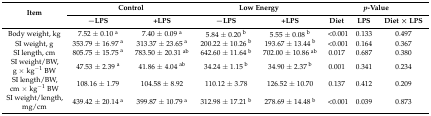
<table><thead><tr><td rowspan="2"><b>Item</b></td><td colspan="2"><b>Control</b></td><td colspan="2"><b>Low Energy</b></td><td colspan="3"><b><i>p</i>-Value</b></td></tr><tr><td><b>−LPS</b></td><td><b>+LPS</b></td><td><b>−LPS</b></td><td><b>+LPS</b></td><td><b>Diet</b></td><td><b>LPS</b></td><td><b>Diet × LPS</b></td></tr></thead><tbody><tr><td>Body weight, kg</td><td>7.52 ± 0.10 <sup>a</sup></td><td>7.40 ± 0.09 <sup>a</sup></td><td>5.84 ± 0.20 <sup>b</sup></td><td>5.55 ± 0.08 <sup>b</sup></td><td>&lt;0.001</td><td>0.133</td><td>0.497</td></tr><tr><td>SI weight, g</td><td>353.79 ± 16.97 <sup>a</sup></td><td>313.37 ± 23.65 <sup>a</sup></td><td>200.22 ± 10.26 <sup>b</sup></td><td>193.67 ± 13.44 <sup>b</sup></td><td>&lt;0.001</td><td>0.164</td><td>0.367</td></tr><tr><td>SI length, cm</td><td>805.75 ± 15.75 <sup>a</sup></td><td>783.50 ± 20.31 <sup>ab</sup></td><td>642.60 ± 11.64 <sup>b</sup></td><td>702.00 ± 10.86 <sup>ab</sup></td><td>0.017</td><td>0.687</td><td>0.380</td></tr><tr><td>SI weight/BW, g × kg<sup>−1</sup> BW</td><td>47.53 ± 2.39 <sup>a</sup></td><td>41.86 ± 4.04 <sup>ab</sup></td><td>34.24 ± 1.15 <sup>b</sup></td><td>34.90 ± 2.37 <sup>b</sup></td><td>0.001</td><td>0.341</td><td>0.234</td></tr><tr><td>SI length/BW, cm × kg<sup>−1</sup> BW</td><td>108.16 ± 1.79</td><td>104.58 ± 8.92</td><td>110.12 ± 3.78</td><td>126.52 ± 10.70</td><td>0.137</td><td>0.412</td><td>0.209</td></tr><tr><td>SI weight/length, mg/cm</td><td>439.42 ± 20.14 <sup>a</sup></td><td>399.87 ± 10.79 <sup>a</sup></td><td>312.98 ± 17.21 <sup>b</sup></td><td>278.69 ± 14.48 <sup>b</sup></td><td>&lt;0.001</td><td>0.039</td><td>0.873</td></tr></tbody></table>